Report on vaccination in Madras 1922-1929 - 1922-1929
Year: 1922
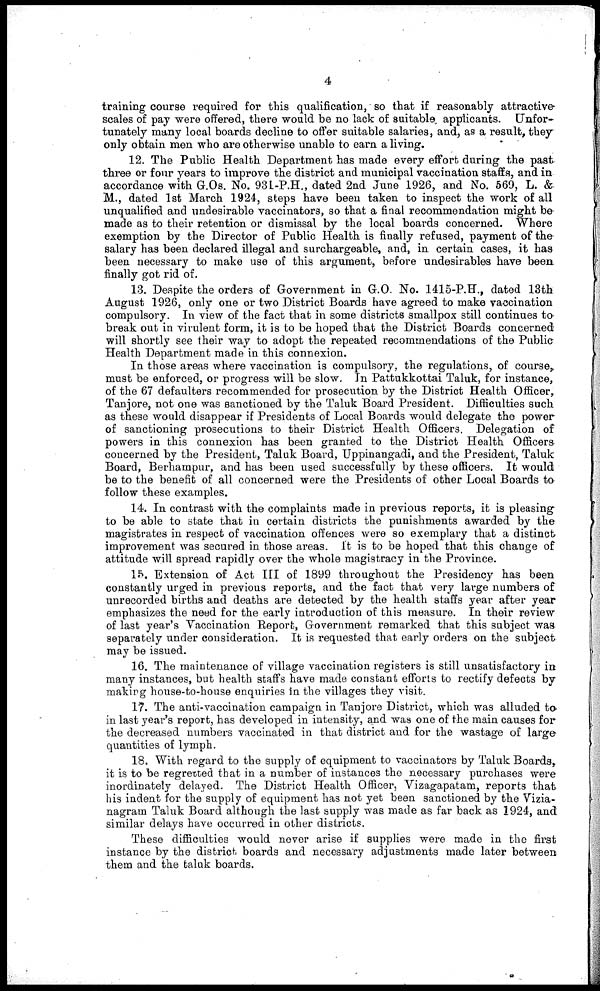
4
training course required for this qualification, so that if reasonably attractive-
scales of pay were offered, there would be no lack of suitable applicants. Unfor-
tunately many local boards decline to offer suitable salaries, and, as a result, they
only obtain men who are otherwise unable to earn a living.
12. The Public Health Department has made every effort during the past
three or four years to improve the district and municipal vaccination staffs, and in
accordance with G.Os. No. 931-P.H., dated 2nd June 1926, and No. 569, L. &
M., dated 1st March 1924, steps have been taken to inspect the work of all
unqualified and undesirable vaccinators, so that a final recommendation might be
made as to their retention or dismissal by the local boards concerned. Where
exemption by the Director of Public Health is finally refused, payment of the
salary has been declared illegal and surchargeable, and, in certain cases, it has
been necessary to make use of this argument, before undesirables have been,
finally got rid of.
13. Despite the orders of Government in G.O. No. 1415-P.H., dated 13th
August 1926, only one or two District Boards have agreed to make vaccination
compulsory. In view of the fact that in some districts smallpox still continues to
break out in virulent form, it is to be hoped that the District Boards concerned
will shortly see their way to adopt the repeated recommendations of the Public
Health Department made in this connexion.
In those areas where vaccination is compulsory, the regulations, of course,
must be enforced, or progress will be slow. In Pattukkottai Taluk, for instance,
of the 67 defaulters recommended for prosecution by the District Health Officer,
Tanjore, not one was sanctioned by the Taluk Board President. Difficulties such
as these would disappear if Presidents of Local Boards would delegate the power
of sanctioning prosecutions to their District Health Officers. Delegation of
powers in this connexion has been granted to the District Health Officers
concerned by the President, Taluk Board, Uppinangadi, and the President, Taluk
Board, Berhampur, and has been used successfully by these officers. It would
be to the benefit of all concerned were the Presidents of other Local Boards to
follow these examples.
14. In contrast with the complaints made in previous reports, it is pleasing-
to be able to state that in certain districts the punishments awarded by the
magistrates in respect of vaccination offences were so exemplary that a distinct
improvement was secured in those areas. It is to be hoped that this change of
attitude will spread rapidly over the whole magistracy in the Province.
15. Extension of Act III of 1899 throughout the Presidency has been
constantly urged in previous reports, and the fact that very large numbers of
unrecorded births and deaths are detected by the health staffs year after year
emphasizes the need for the early introduction of this measure. In their review
of last year's Vaccination Report, Government remarked that this subject was
separately under consideration. It is requested that early orders on the subject
may be issued.
16. The maintenance of village vaccination registers is still unsatisfactory in
many instances, but health staffs have made constant efforts to rectify defects by
making house-to-house enquiries in the villages they visit.
17. The anti-vaccination campaign in Tanjore District, which was alluded to-
in last year's report, has developed in intensity, and was one of the main causes for
the decreased numbers vaccinated in that district and for the wastage of large
quantities of lymph.
18. With regard to the supply of equipment to vaccinators by Taluk Boards,
it is to be regretted that in a number of instances the necessary purchases were
inordinately delayed. The District Health Officer, Vizagapatam, reports that
his indent for the supply of equipment has not yet been sanctioned by the Vizia-
nagram Taluk Board although the last supply was made as far back as 1924, and
similar delays have occurred in other districts.
These difficulties would never arise if supplies were made in the first
instance by the district boards and necessary adjustments made later between
them and the taluk boards.